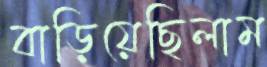
বাড়িয়েছিলাম